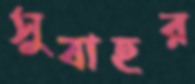
সুবাহর